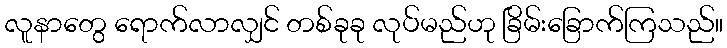
လူနာတွေ ရောက်လာလျှင် တစ်ခုခု လုပ်မည်ဟု ခြိမ်းခြောက်ကြသည်။